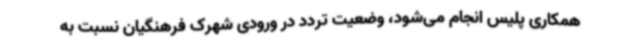
همکاری پلیس انجام می‌شود، وضعیت تردد در ورودی شهرک فرهنگیان نسبت به